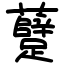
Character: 躠